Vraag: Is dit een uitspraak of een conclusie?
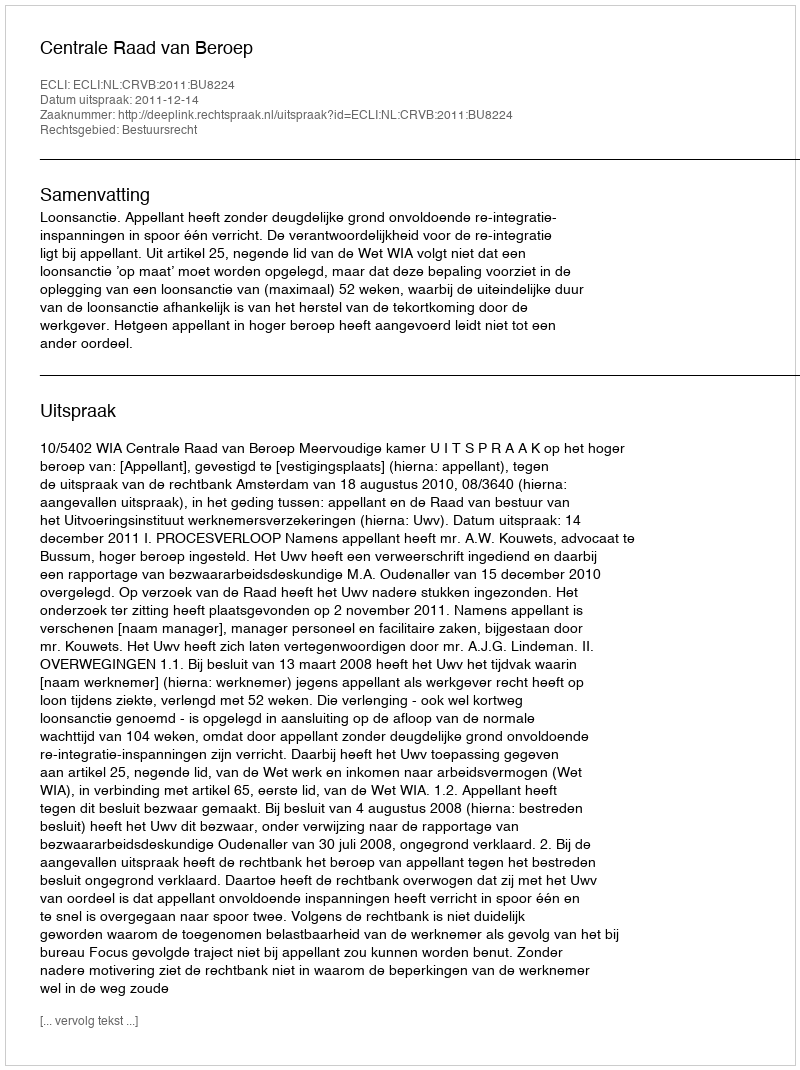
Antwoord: Uitspraak